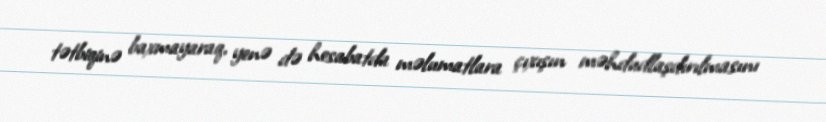
tətbiqinə baxmayaraq, yenə də hesabatda məlumatlara çıxışın məhdudlaşdırılmasını